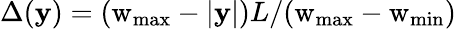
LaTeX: \Delta(\mathbf{y})=(\mathrm{{w}}_{\mathrm{{max}}}-|\mathbf{y}|)L/(\mathrm{{w}}_{\mathrm{{max}}}-\mathrm{{w}}_{\mathrm{{min}}})